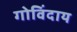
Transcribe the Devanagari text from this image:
गोविंदाय